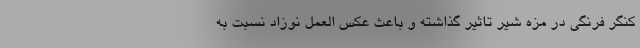
کنگر فرنگی در مزه شیر تاثیر گذاشته و باعث عکس العمل نوزاد نسبت به